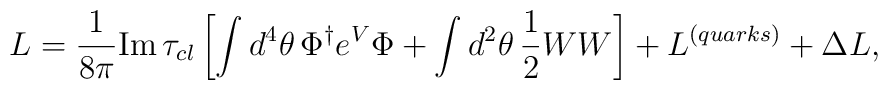
{  L} =     {1\over 8 \pi} {\hbox{\rm Im}}   \, \tau_{cl} \left[\int d^4 \theta \,\Phi^{\dagger} e^V \Phi +\int d^2 \theta\,{1\over 2} W W\right]+ { L}^{(quarks)} + \Delta { L},